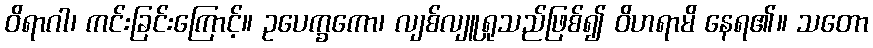
ဝိရာဂါ၊ ကင်းခြင်းကြောင့်။ ဥပေက္ခကော၊ လျစ်လျူရှုသည်ဖြစ်၍ ဝိဟရာမိ နေရ၏။ သတော